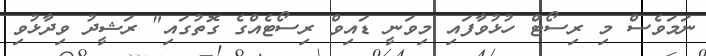
ނަމަވެސް މި ރިސޯޓް ހުޅުވާފައި މިވަނީ ޑައިވް ރިސޯޓެއްގެ ގޮތުގައި" ރަޝީދު ވިދާޅުވި